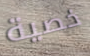
خصية